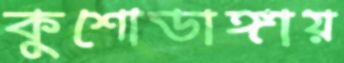
কুশোডাঙ্গায়